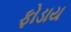
ફોડાય